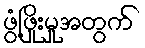
ဖွံ့ဖြိုးမှုအတွက်